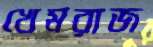
খেমরাজ